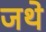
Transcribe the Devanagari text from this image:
जथे